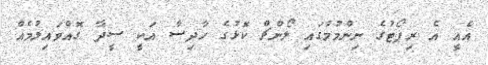
އެއީ އެ ރިޕޯޓުގެ ނިންމުމުގައި ލޯންޗް ކޮޅުގެ ހާދިސާ އަކީ ސީދާ ގޮއްވައިލުމެއް